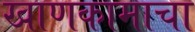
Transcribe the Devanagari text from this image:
खाणकामाचा